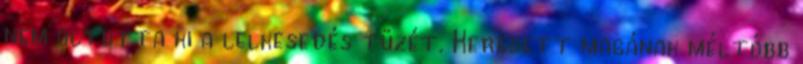
nem oltotta ki a lelkesedés tüzét. Keresett magának méltóbb